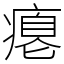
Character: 瘪